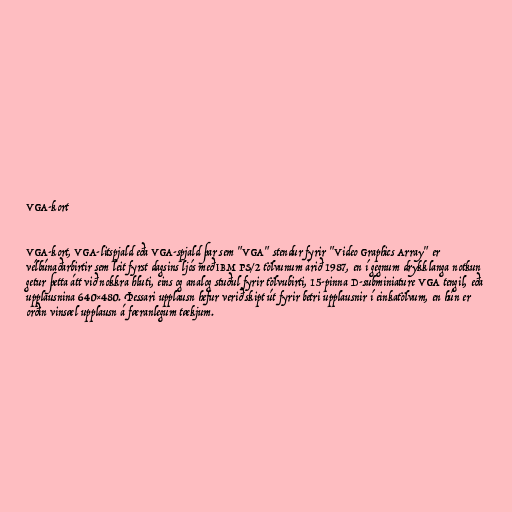
VGA-kort

VGA-kort, VGA-litspjald eða VGA-spjald þar sem "VGA" stendur fyrir "Video Graphics Array" er
vélbúnaðarbirtir sem leit fyrst dagsins ljós með IBM PS/2 tölvunum árið 1987, en í gegnum drykklanga notkun
getur þetta átt við nokkra hluti, eins og analog stuðul fyrir tölvubirti, 15-pinna D-subminiature VGA tengil, eða
upplausnina 640×480. Þessari upplausn hefur verið skipt út fyrir betri upplausnir í einkatölvum, en hún er
orðin vinsæl upplausn á færanlegum tækjum.